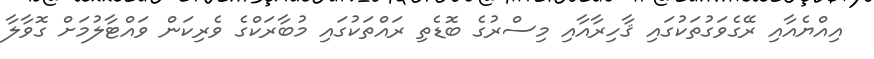
އިއްޔެއާއި ރޭގެވަގުތަކުގައި ޤާހިރާއާއި މިސްރުގެ ބޮޑެތި ރައްތަކުގައި މުބާރަކްގެ ވެރިކަން ވައްޓާލުމަށް ގޮވާލާ